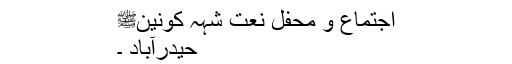
اجتماع و محفل نعت شہہ کونینﷺ
حیدرآباد ۔